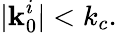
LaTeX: |\textbf{k}_{0}^{i}|<k_{c}.